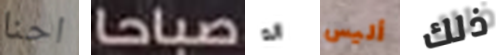
احنا صباحا انه أليس ذلك